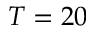
T = 2 0